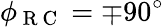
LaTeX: \phi_{\mathrm{~R~C~}}=\mp 90^{\circ}